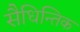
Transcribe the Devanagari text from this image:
सैधिन्तिक